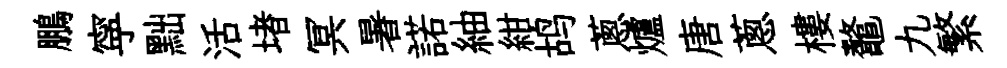
鵬寜黜活堵冥暑諾紬紺鸪蔥爐唐蔥樓鼇九繁